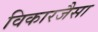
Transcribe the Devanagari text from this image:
विकारजैसा